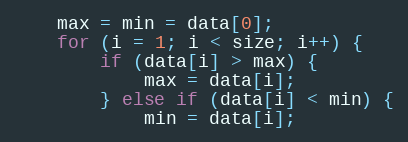
Language: C
    max = min = data[0];
    for (i = 1; i < size; i++) {
        if (data[i] > max) {
            max = data[i];
        } else if (data[i] < min) {
            min = data[i];